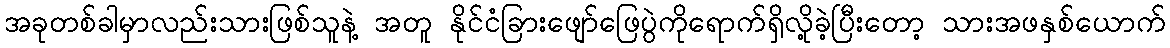
အခုတစ်ခါမှာလည်းသားဖြစ်သူနဲ့ အတူ နိုင်ငံခြားဖျော်ဖြေပွဲကိုရောက်ရှိလို့ခဲ့ပြီးတော့ သားအဖနှစ်ယောက်